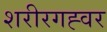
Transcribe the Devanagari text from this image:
शरीरगह्वर